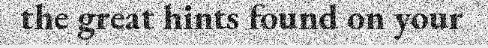
the great hints found on your